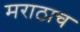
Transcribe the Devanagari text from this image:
मराठाच